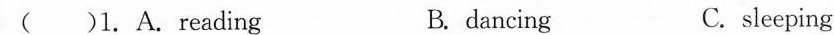
( )1. A. reading B. dancing C. sleeping